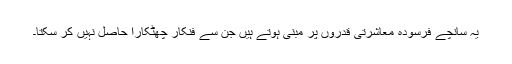
یہ سانچے فرسودہ معاشرتی قدروں پر مبنی ہوتے ہیں جن سے فنکار چھٹکارا حاصل نہیں کر سکتا۔